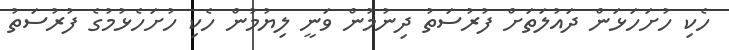
ހެކި ހުށަހަޅަން ދައުލަތަށް ފުރުސަތު ދިނުމުން ވަނީ ލިޔުމުން ހެކި ހުށަހެޅުމުގެ ފުރުސަތު